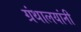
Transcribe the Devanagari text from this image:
ग्रंथालयांनी